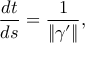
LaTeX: { \frac { d t } { d s } } = { \frac { 1 } { \| { \boldsymbol { \gamma } } ^ { \prime } \| } } ,